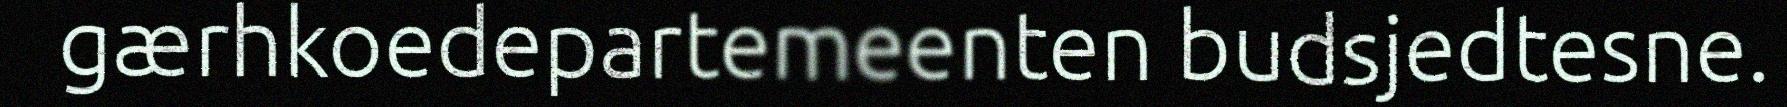
gærhkoedepartemeenten budsjedtesne.